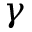
\gamma